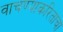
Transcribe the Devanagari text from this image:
वाचण्याकरिताचा